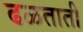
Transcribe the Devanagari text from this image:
ढळताती